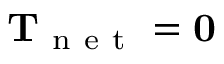
\mathbf { T } _ { \mathrm { ~ n ~ e ~ t ~ } } = \mathbf { 0 }